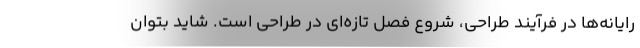
رایانه‌ها در فرآیند طراحی، شروع فصل تازه‌ای در طراحی است. شاید بتوان